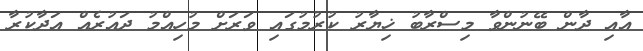
އާއި ދާން ބޭނުންވާ މިސްރާބު ޚިޔާރު ކުރުމުގައި ވަރަށް މުހިއްމު ދައުރެއް އަދާކުރާ